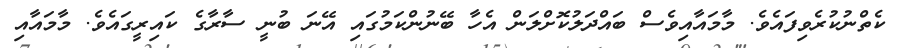
ކެތްނުކުރެވިފައެވެ. މާމައާއިވެސް ބައްދަލުކޮށްލަން އެހާ ބޭނުންކަމުގައި އޭނަ ބުނީ ސާރާގެ ކައިރީގައެވެ. މާމައާއި